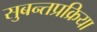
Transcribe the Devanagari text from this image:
सुबन्तप्रक्रिया